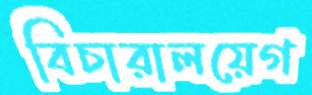
বিচারালয়েগ